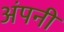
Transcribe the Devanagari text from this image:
अंपनी